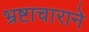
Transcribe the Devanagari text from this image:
भ्रष्टाचाराने